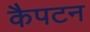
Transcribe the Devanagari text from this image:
कैपटन